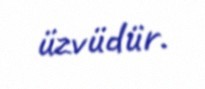
üzvüdür.